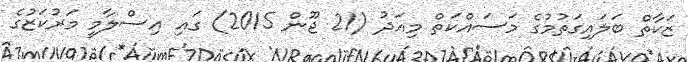
ޒަކާތް ބަލައިގަތުމުގެ މަސައްކަތް މިއަދު (21 ޖޫން 2015) ގައި އިސްލާމީ މަރުކަޒުގެ